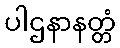
ပါဌနာနတ္တံ